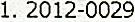
1. 2012-0029